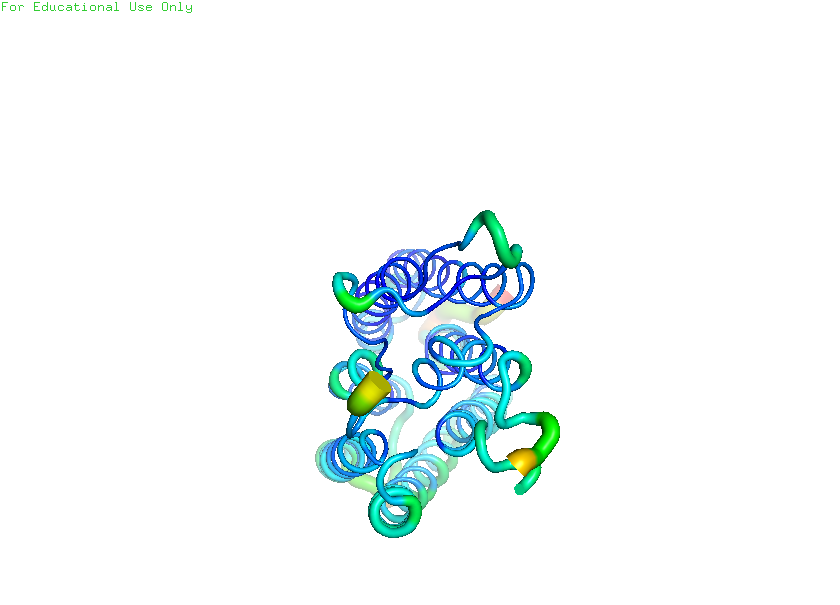
pymol, preset, b_factor_putty